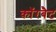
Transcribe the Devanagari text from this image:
कॉरबैट